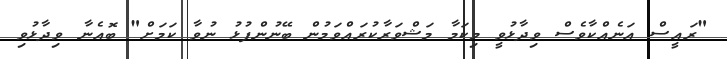
"ރައީސް އަނެއްކާވެސް ވިދާޅުވީ މިކަމާ މަޝްވަރާކުރައްވަމުން ބޭނުންފުޅު ނުވާ ކަމަށް" ބޮއެނާ ވިދާޅުވި